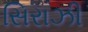
સિરાઝી